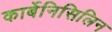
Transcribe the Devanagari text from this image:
कार्बेनिसिलिन